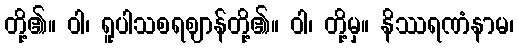
တို့၏။ ဝါ၊ ရူပါသစရဈာန်တို့၏။ ဝါ၊ တို့မှ။ နိဿရဏံနာမ၊